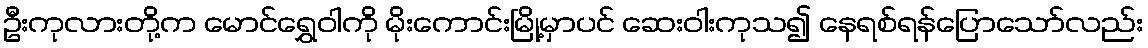
ဦးကုလားတို့က မောင်ရွှေဝါကို မိုးကောင်းမြို့မှာပင် ဆေးဝါးကုသ၍ နေရစ်ရန်ပြောသော်လည်း